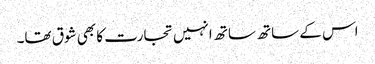
اس کے ساتھ ساتھ انہیں تجارت کا بھی شوق تھا۔